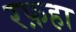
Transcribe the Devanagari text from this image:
रफ़हा